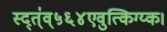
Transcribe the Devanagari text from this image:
स्द्त्॑व्५६४एवुत्किग्य्क।